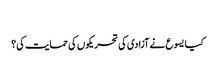
‏
کیا یسوع نے آزادی کی تحریکوں کی حمایت کی؟